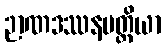
ဉာဏဒဿနပတ္တိယာ